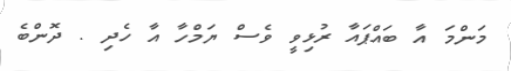
މަންމަ އާ ބައްޕައާ ރުޅިވީ ވެސް ޔަމްހާ އާ ހެދި . ދޮންބެ